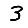
Digit: 3